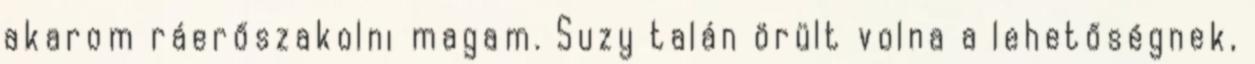
akarom ráerőszakolni magam. Suzy talán örült volna a lehetőségnek,